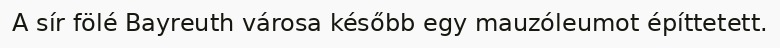
A sír fölé Bayreuth városa később egy mauzóleumot építtetett.